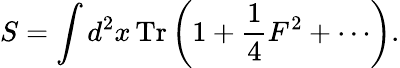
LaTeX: S=\int d^{2}x\, \mathrm{Tr}\left(1+\frac{1}{4}F^{2}+\cdots\right).